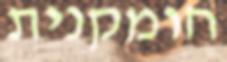
חומקנית